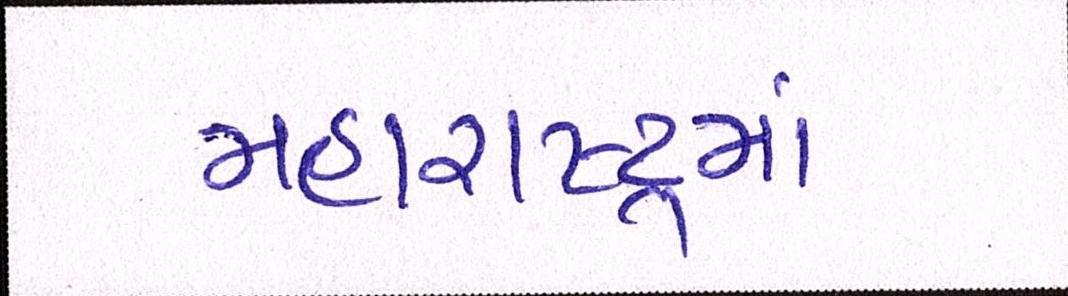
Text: મહારાષ્ટ્રમાં